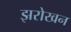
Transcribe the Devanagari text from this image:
झरोखन